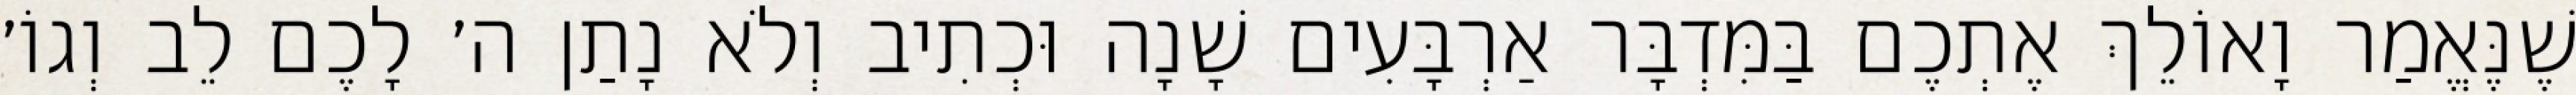
שֶׁנֶּאֱמַר וָאוֹלֵךְ אֶתְכֶם בַּמִּדְבָּר אַרְבָּעִים שָׁנָה וּכְתִיב וְלֹא נָתַן ה׳ לָכֶם לֵב וְגוֹ׳